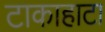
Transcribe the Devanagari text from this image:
टाकाहाटा